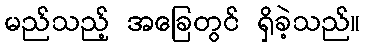
မည်သည့် အခြေတွင် ရှိခဲ့သည်။